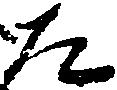
た